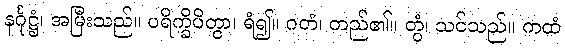
နင်္ဂုဋ္ဌံ၊ အမြီးသည်။ ပရိက္ခိပိတွာ၊ ရံ၍။ ဂတံ၊ တည်၏။ တွံ၊ သင်သည်။ ကထံ